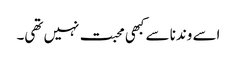
اسے وندنا سے کبھی محبت نہیں تھی۔